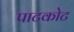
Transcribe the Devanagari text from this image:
पाटकोट